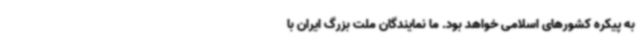
به پیکره کشورهای اسلامی خواهد بود. ما نمایندگان ملت بزرگ ایران با